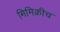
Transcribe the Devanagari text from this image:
मिमिक्रीच